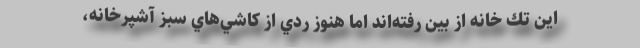
اين تك خانه از بين رفته‌اند اما هنوز ردي از كاشي‌هاي سبز آشپرخانه،